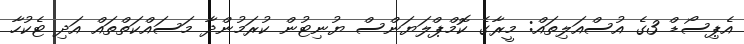
އެޕިސޯޑް 3ގެ އުސްއަލިތައް: މީރާގެ ކޮމްޕްލަޔަންސް ޔުނިޓުން ކުރަމުންދާ މަސައްކަތްތައް އަދި ޓެކުހާ